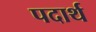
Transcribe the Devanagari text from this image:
पदार्थ